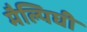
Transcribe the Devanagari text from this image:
मैल्पिघी